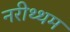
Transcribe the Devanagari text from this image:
नरीथ्थम